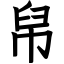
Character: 帠